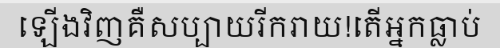
ឡើងវិញគឺសប្បាយរីករាយ!តើអ្នកធ្លាប់